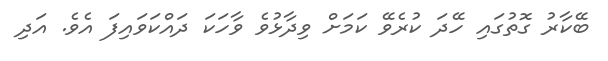
ބޭކާރު ގޮތުގައި ހޭދަ ކުރެވޭ ކަމަށް ވިދާޅުވެ ވާހަކަ ދައްކަވައިފަ އެވެ. އަދި